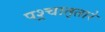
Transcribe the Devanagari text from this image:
पश्र्चात्‌तारे